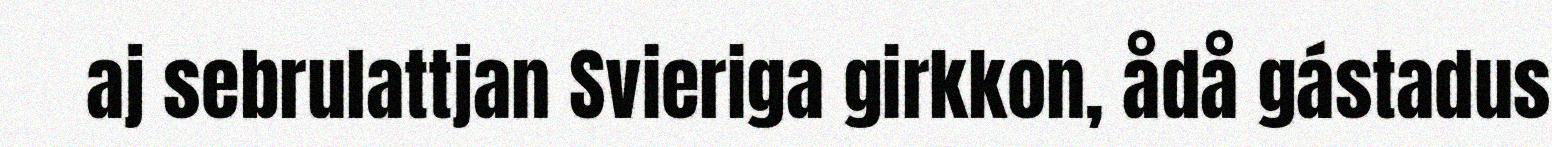
aj sebrulattjan Svieriga girkkon, ådå gástadus